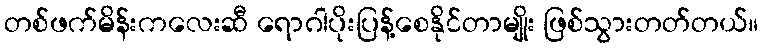
တစ်ဖက်မိန်းကလေးဆီ ရောဂါပိုးပြန့်စေနိုင်တာမျိုး ဖြစ်သွားတတ်တယ်။